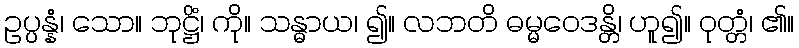
ဥပ္ပန္နံ၊ သော။ ဘုဋ္ဌိံ၊ ကို။ သန္ဓာယ၊ ၍။ လဘတိ ဓမ္မဝေဒန္တိ၊ ဟူ၍။ ဝုတ္တံ၊ ၏။